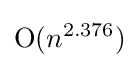
\operatorname {O} (n^{2.376})